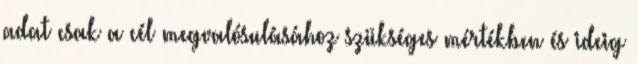
adat csak a cél megvalósulásához szükséges mértékben és ideig